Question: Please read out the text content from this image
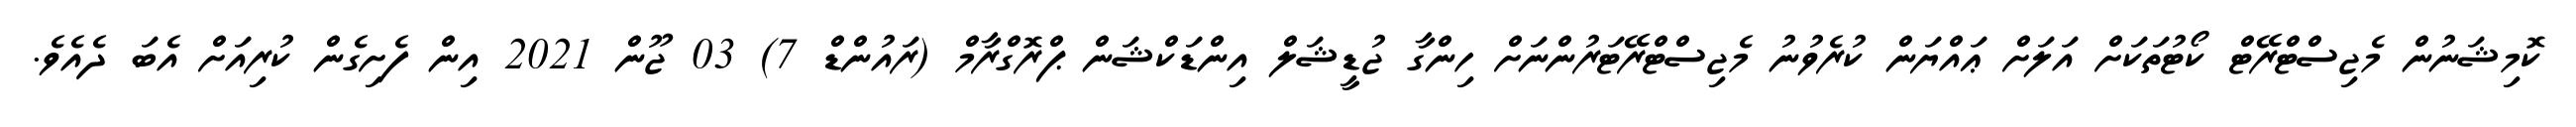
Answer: ކޮމިޝަނުން މެޖިސްޓްރޭޓް ކޯޓުތަކަށް އަލަށް ޢައްޔަން ކުރެވުނު މެޖިސްޓްރޭޓަރުންނަށް ހިންގާ ޖުޑީޝަލް އިންޑަކްޝަން ޕްރޮގްރާމް (ރައުންޑް 7) 03 ޖޫން 2021 އިން ފެށިގެން ކުރިއަށް އެބަ ދެއެވެ.